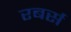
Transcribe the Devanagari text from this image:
रबर्स